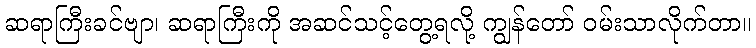
ဆရာကြီးခင်ဗျာ၊ ဆရာကြီးကို အဆင်သင့်တွေ့ရလို့ ကျွန်တော် ဝမ်းသာလိုက်တာ။